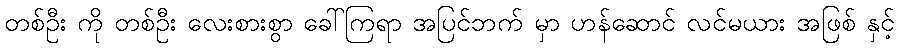
တစ်ဦး ကို တစ်ဦး လေးစားစွာ ခေါ်ကြရာ အပြင်ဘက် မှာ ဟန်ဆောင် လင်မယား အဖြစ် နှင့်